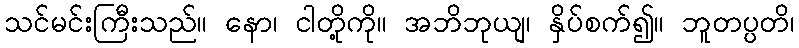
သင်မင်းကြီးသည်။ နော၊ ငါတို့ကို။ အဘိဘုယျ၊ နှိပ်စက်၍။ ဘူတပ္ပတိ၊